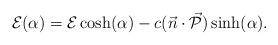
LaTeX: \begin{align*} {\cal{E}}(\alpha) = {\cal{E}}\cosh(\alpha)-c(\vec{n}\cdot\vec{\cal{P}})\sinh(\alpha).\end{align*}